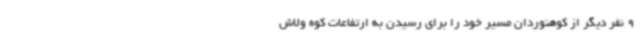
9 نفر دیگر از کوهنوردان مسیر خود را برای رسیدن به ارتفاعات کوه ولاش